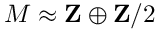
M \approx \mathbf { Z } \oplus \mathbf { Z } / 2